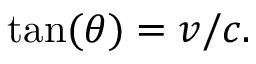
\tan ( \theta ) = v / c .